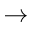
\rightarrow